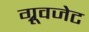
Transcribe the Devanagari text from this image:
ग्रूवजेट